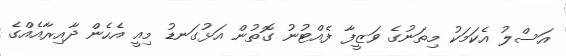
އަސްލު އެކަމަކު މިތަނުގެ ވަޒީފާ ފެއްޓުނު ގޮތުން އަޅުގަނޑު މިއީ އެެހެން ދާއިރާއެއްގެ